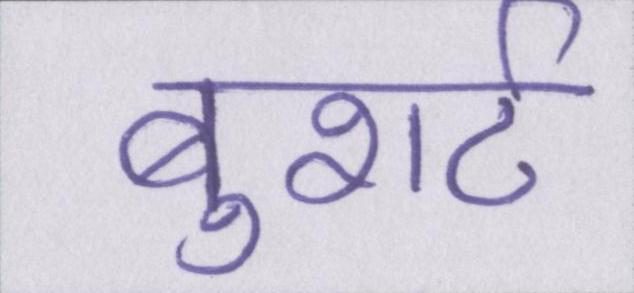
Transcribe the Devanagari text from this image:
बुशर्ट